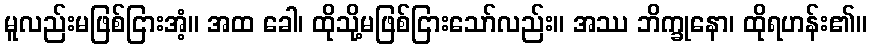
မူလည်းမဖြစ်ငြားအံ့။ အထ ခေါ၊ ထိုသို့မဖြစ်ငြားသော်လည်း။ အဿ ဘိက္ခုနော၊ ထိုရဟန်း၏။